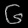
Digit: ၆